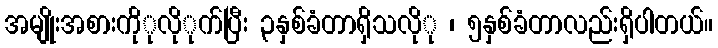
အမျိုးအစားကိုုလိုုက်ပြီး ၃နှစ်ခံတာရှိသလိုု ၊ ၅နှစ်ခံတာလည်းရှိပါတယ်။